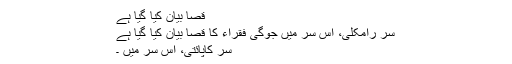
قصا بیان کیا گیا ہے
سر رامکلی، اس سر میں جوگی فقراء کا قصا بیان کیا گیا ہے
سر کاپائتی، اس سر میں ۔